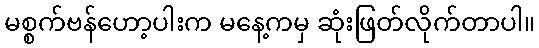
မစ္စက်ဗန်ဟော့ပါးက မနေ့ကမှ ဆုံးဖြတ်လိုက်တာပါ။